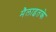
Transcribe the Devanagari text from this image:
मैलाइतके